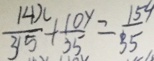
\frac { 1 4 x } { 3 1 5 } + \frac { 1 0 y } { 3 5 } = \frac { 1 5 4 } { 3 5 }